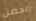
الحضن